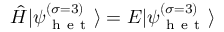
\hat { H } | \psi _ { \mathrm { ~ h ~ e ~ t ~ } } ^ { \left( \sigma = 3 \right) } \rangle = E | \psi _ { \mathrm { ~ h ~ e ~ t ~ } } ^ { \left( \sigma = 3 \right) } \rangle